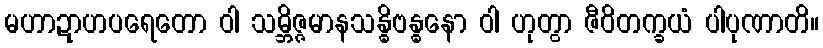
မဟာဍာဟပရေတော ဝါ သမ္ဘိဇ္ဇမာနသန္ဓိဗန္ဓနော ဝါ ဟုတွာ ဇီဝိတက္ခယံ ပါပုဏာတိ။